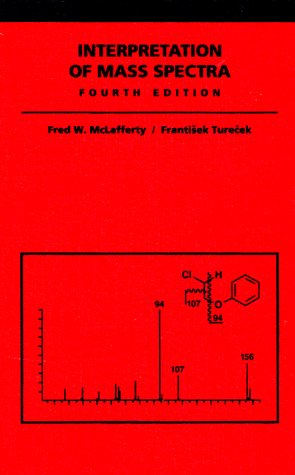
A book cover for Interpretation of Mass Spectra; Fred W. McLafferty; Science & Math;